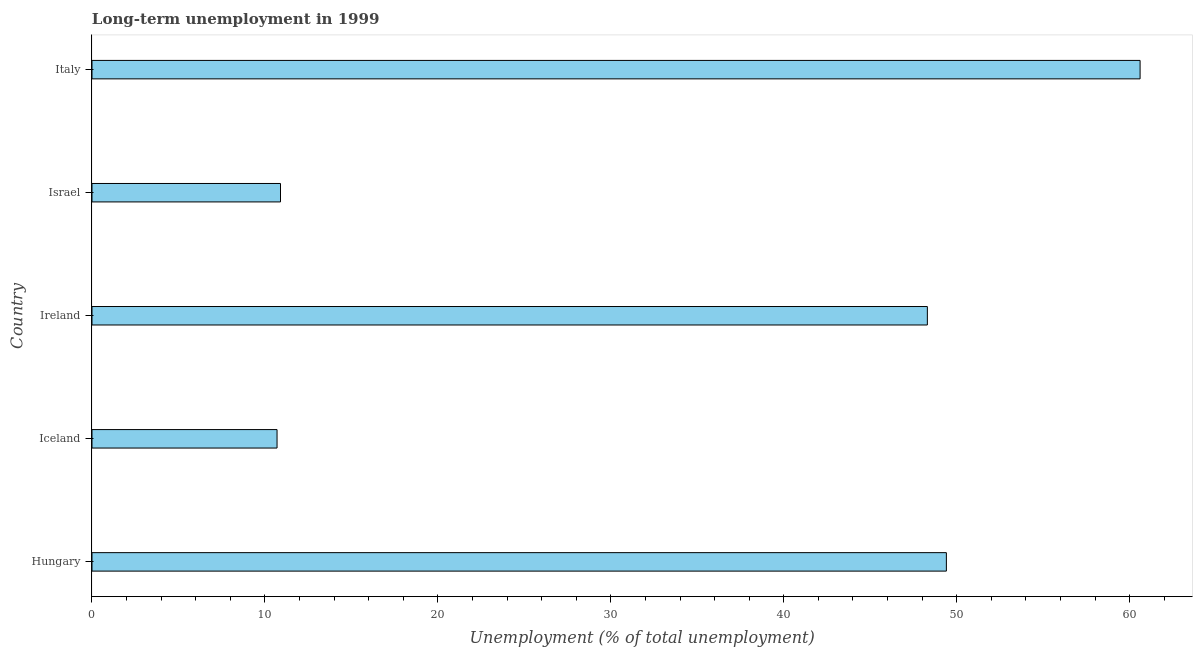
| Country | Long-term unemployment  |
 | --- | --- |
 | Hungary | 49.4 |
 | Iceland | 10.7 |
 | Ireland | 48.3 |
 | Israel | 10.9 |
 | Italy | 60.6 |